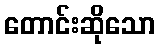
တောင်းဆိုသော